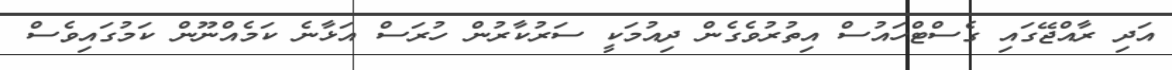
އަދި ރާއްޖޭގައި ގެސްޓްހައުސް އިތުރުވެގެން ދިއުމަކީ ސަރުކާރުން ހުރަސް އަޅާނެ ކަމެއްނޫން ކަމުގައިވެސް